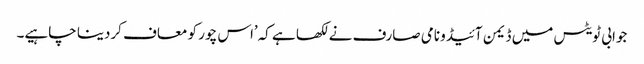
جوابی ٹویٹس میں ڈیمن آئیڈو نامی صارف نے لکھا ہے کہ’اس چور کو معاف کردینا چاہیے۔